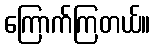
ကြောက်ကြတယ်။